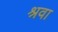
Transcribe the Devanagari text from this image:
श्रवा